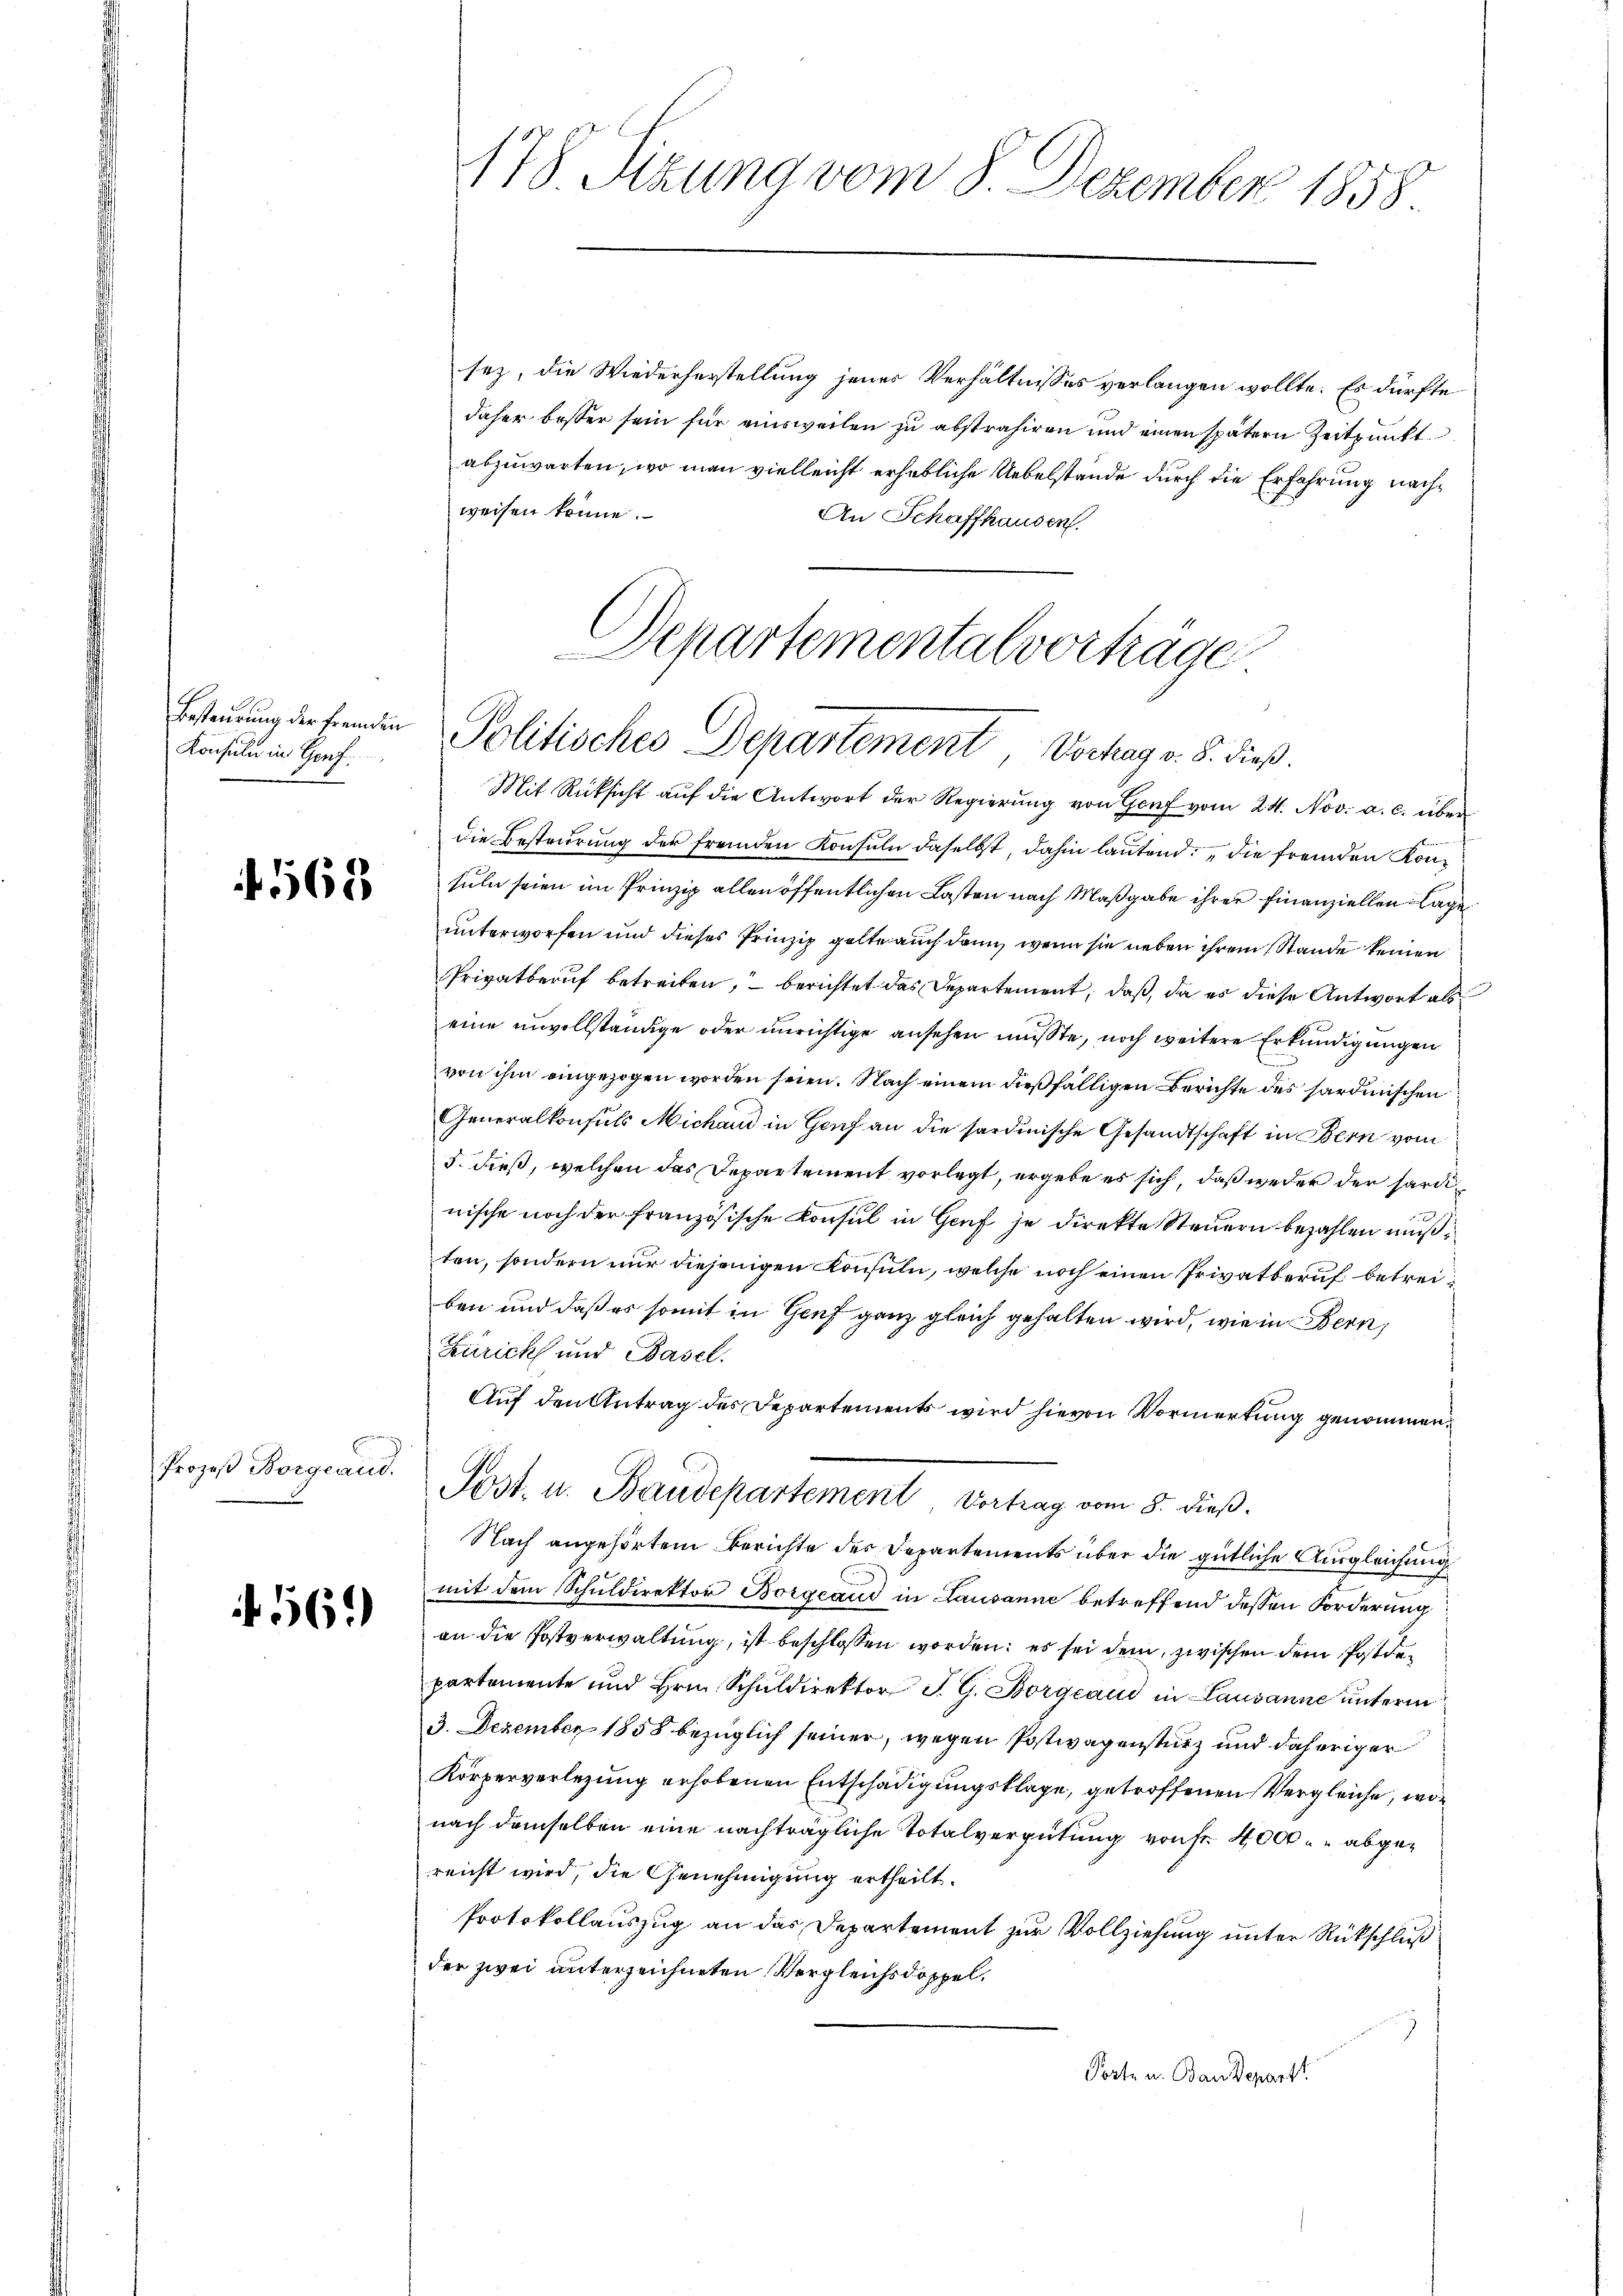
Konsuln in Genf

562

Prozeß Borgcaud.

4561)

sez, die Wiederherstellung jenes Verhältnisses verlangen wollte. Es dürfte
daher besser sein für einsweilen zu abstrahiren und einen spätern Zeitpunkt
abzuwarten, wo man vielleicht erhebliche Uebelstände durch die Erfahrung nachweisen könne.
An Schaffhausen.
Mit Rücksicht aŭf die Antwort der Regierŭng von Hof vom 24. Nov. a. c. über
die Besteurung der fremden Konsuln daselbst, dahin lautend die fremden Konsuln seien im Prinzip allen öffentlichen Lasten nach Maßgabe ihrer Finanziellen Lage
unterworfen und dieses Prinzip gelte auch dann, wenn sie neben ihrem Stande keinen
Privatberuf betreiten, – berichtet das Departement, daß, da es diese Antwort als
eine unvollständige oder unrichtige ansehen mußte, noch weitere Erkundigungen
von ihm eingezogen worden seien. Nach einem dießfälligen Berichte des sardinischen
Generalkonsuls Michand in Genf an die sardinische Gesandtschaft in Bern vom
5. dieß, welchen das Departement vorlegt, ergebe es sich, daß weder der särdinische noch der französische Konsul in Genf je direkte Steuern bezahlen muß
ten, sondern nur diejenigen Konsuln, welche noch einen Privatberuf betreiben und daß es somit in Genf ganz gleich gehalten wird, wie in Bern,
Zürich und Basel.
Auf den Antrag des Departements wird hievon Vormerkung genommen.
Post- u. Baudepartement Vortrag vom 8. dieß.
Nach angehörtem Berichte des Departements über die gütliche Ausgleichung
mit dem Schuldirektor Borgeaud in Lausanne betreffend dessen Forderung
an die Postverwaltung, ist beschlossen worden; es sei dem, zwischen dem Postdepartemente und Hrn. Schŭldirektor J. G. Borgcani in Lausanne unterm
3. Dezember 1858 bezüglich seiner, wegen Postwagensturz und daheriger
Körperverlegung erhobenen Entschädigungsklage, getroffenen Vergleiche, wonach demselben eine nachträgliche Totalvergütung von 4000 abgereicht wird, die Genehmigung ertheilt.
Protokollauszug an das Departement zur Vollziehung unter Rückschluß
der zwei unterzeichneten Vergleichsdoppel¬
Porte u. Baudepart

178 Sizung vom 8. Dezember 1858.

Departementalvorträge
 Politisches Departementschag v. 8. dieß.